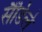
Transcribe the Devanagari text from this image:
सैंडिले